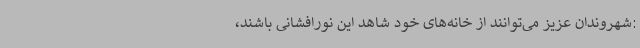
:شهروندان عزیز می‌توانند از خانه‌های خود شاهد این نورافشانی باشند،